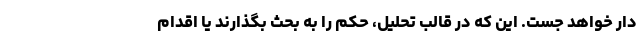
دار خواهد جَست. این که در قالب تحلیل، حکم را به بحث بگذارند یا اقدام